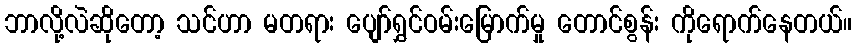
ဘာလို့လဲဆိုတော့ သင်ဟာ မတရား ပျော်ရွှင်ဝမ်းမြောက်မှု တောင်စွန်း ကိုရောက်နေတယ်။